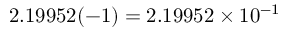
2 . 1 9 9 5 2 ( - 1 ) = 2 . 1 9 9 5 2 \times 1 0 ^ { - 1 }